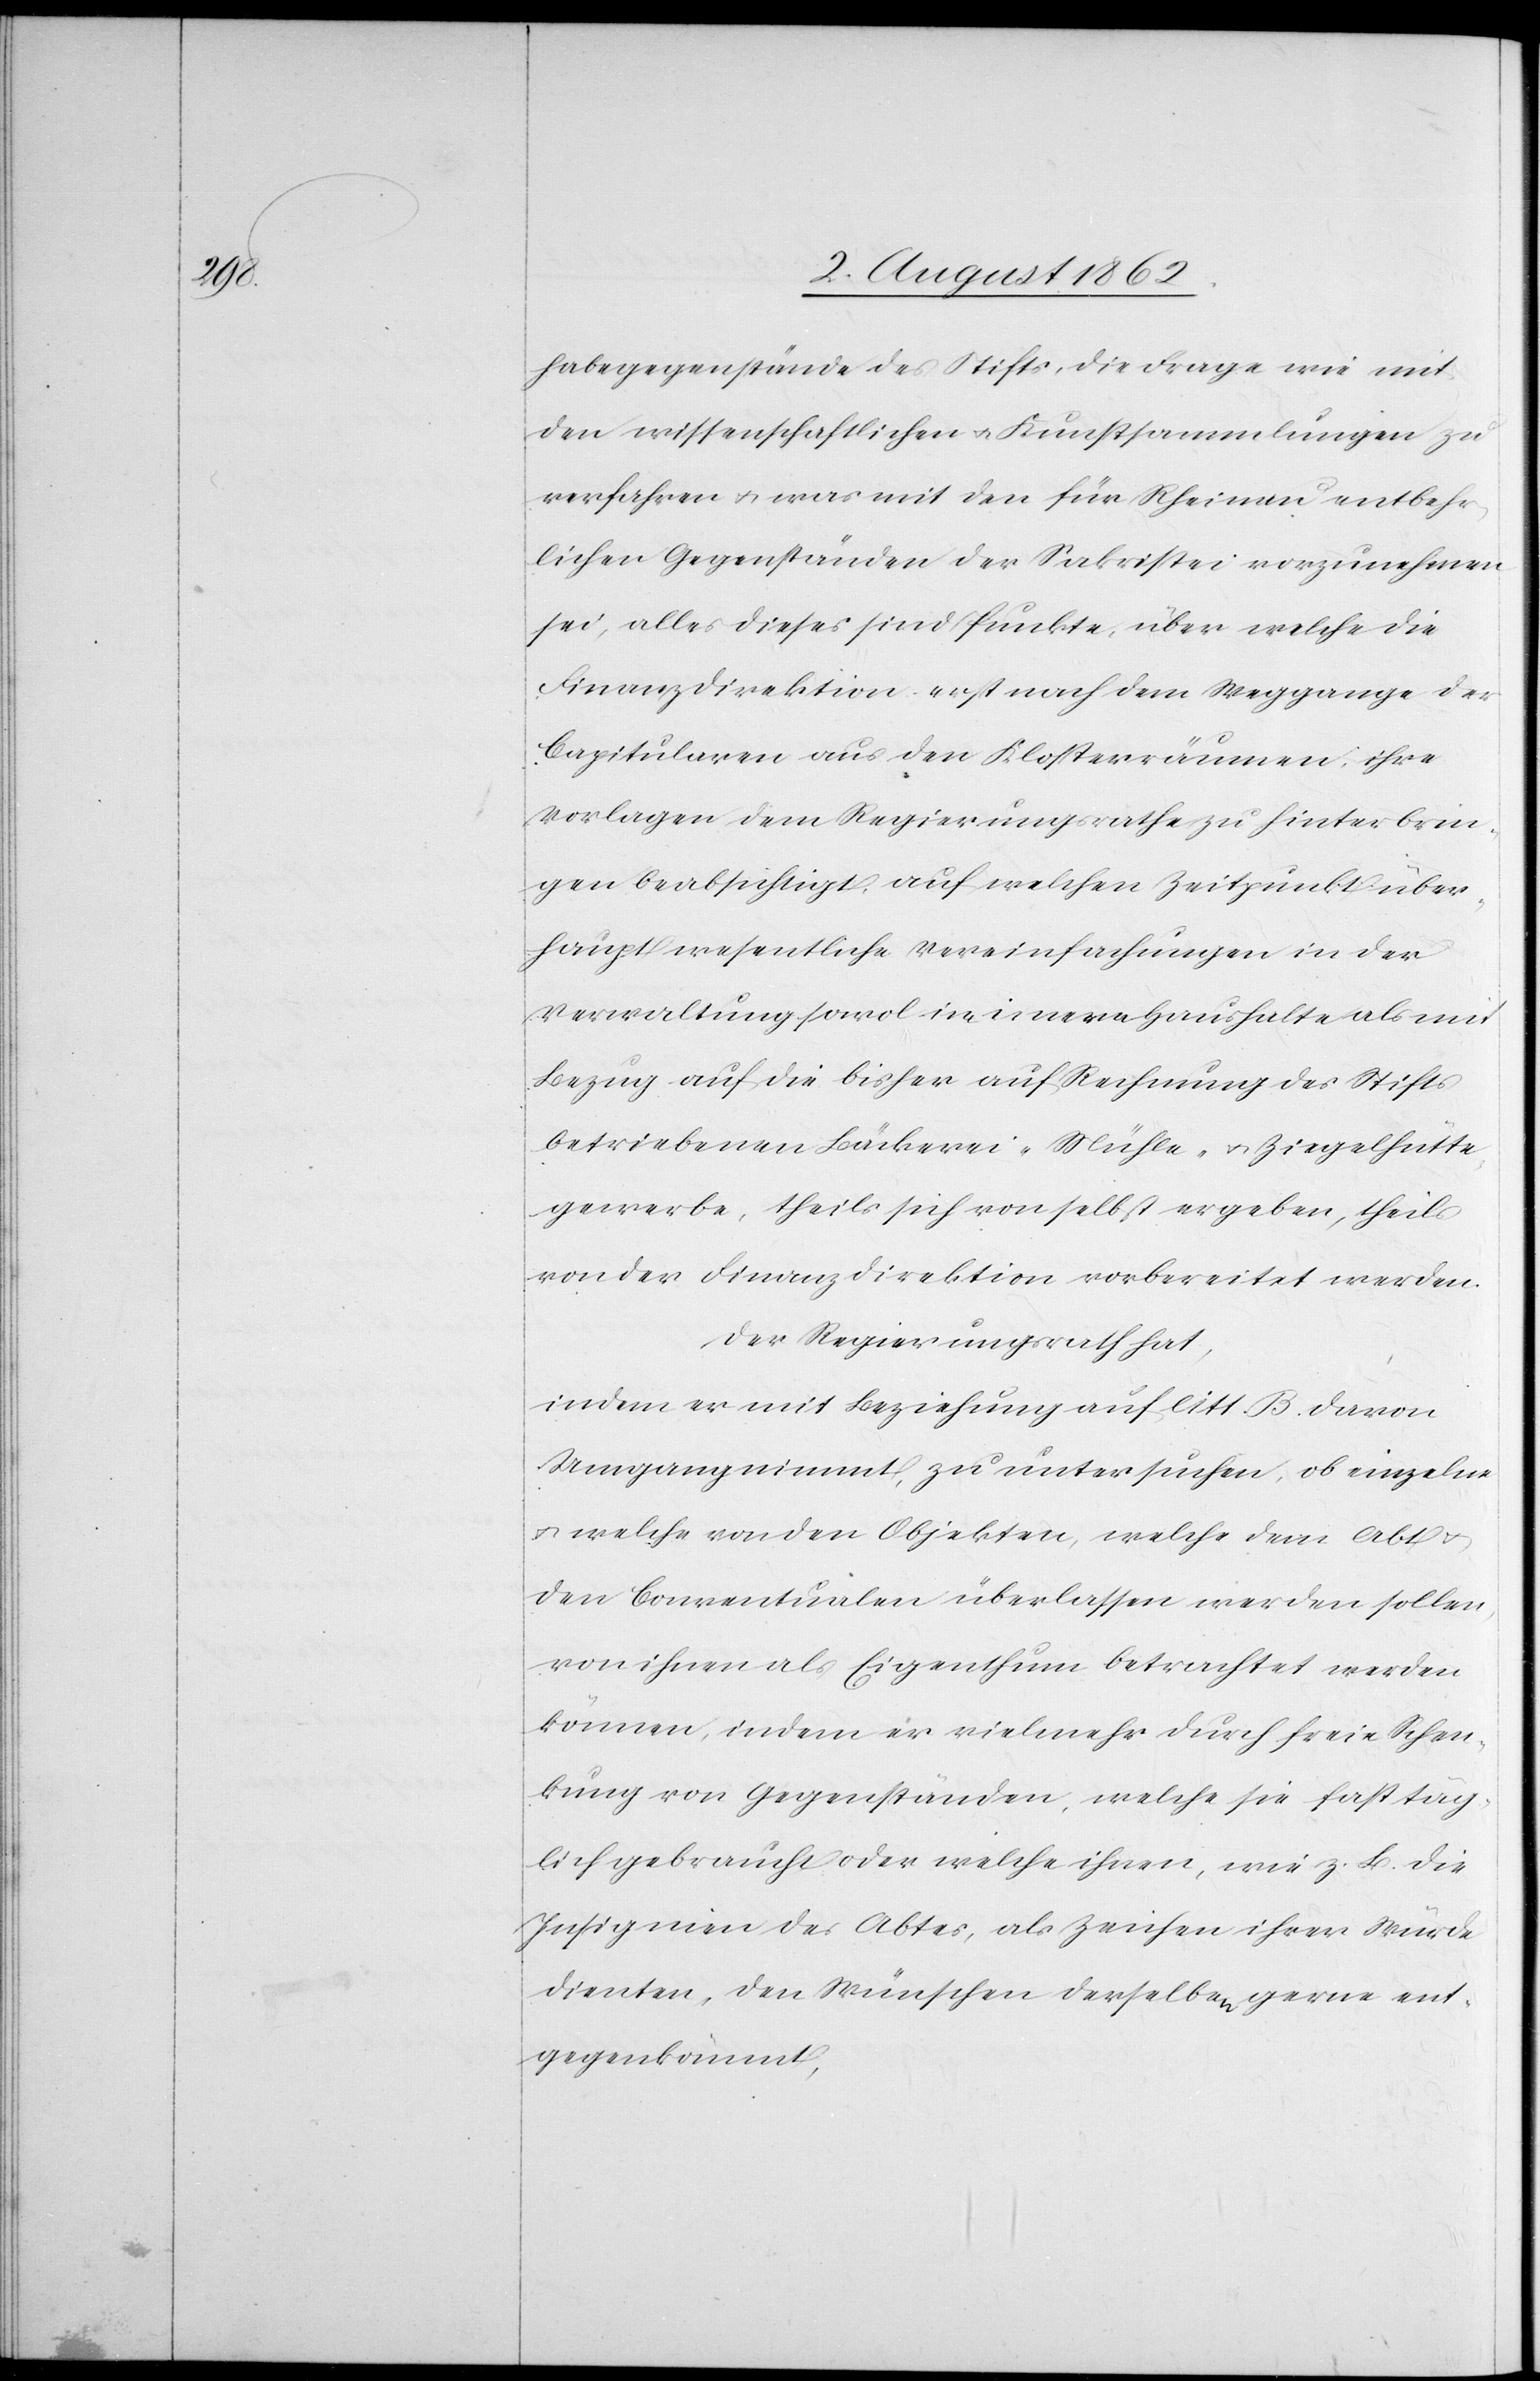
habegegenstände des Stifts, die Frage wie mit
den wissenschaftlichen u. Kunstsammlungen zu
verfahren u. was mit den für Rheinau entbehr¬
lichen Gegenständen der Sakristei vorzunehmen
sei, alles dieses sind Punkte, über welche die
Finanzdirektion erst nach dem Weggange der
Capitularen aus den Klosterräumen ihre
Vorlagen dem Regierungsrathe zu hinterbrin¬
gen beabsichtigt, auf welchen Zeitpunkt über¬
haupt wesentliche Vereinfachungen in der
Verwaltung sowol im innern Haushalte als mit
Bezug auf die bisher auf Rechnung des Stifts
betriebenen Bäckerei-[,] Mühle- u. Ziegelhütte¬
gewerbe, theils sich von selbst ergeben, theils
von der Finanzdirektion vorbereitet werden.
Der Regierungsrath hat,
indem er mit Beziehung auf litt. B. davon
Umgang nimmt, zu untersuchen, ob einzelne
u. welche von den Objekten, welche dem Abt
den Conventualen überlassen werden sollen,
von ihnen als Eigenthum betrachtet werden
können, indem er vielmehr durch freie Schen¬
kung von Gegenständen, welche sie fast täg¬
lich gebraucht oder welche ihnen, wie z. B. die
Insignien des Abtes, als Zeichen ihrer Würde
dienten, den Wünschen derselben gerne ent¬
gegenkommt,